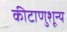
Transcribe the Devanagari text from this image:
कीटाणुशून्य